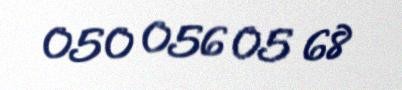
050 056 05 68